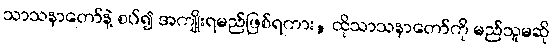
သာသနာတော်နဲ့ စပ်၍ အကျိုးရမည်ဖြစ်ရကား, ထိုသာသနာတော်ကို မည်သူမဆို